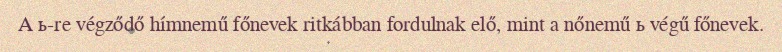
A ь-re végződő hímnemű főnevek ritkábban fordulnak elő, mint a nőnemű ь végű főnevek.